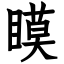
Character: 瞙